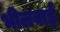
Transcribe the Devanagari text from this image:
भीलवाई